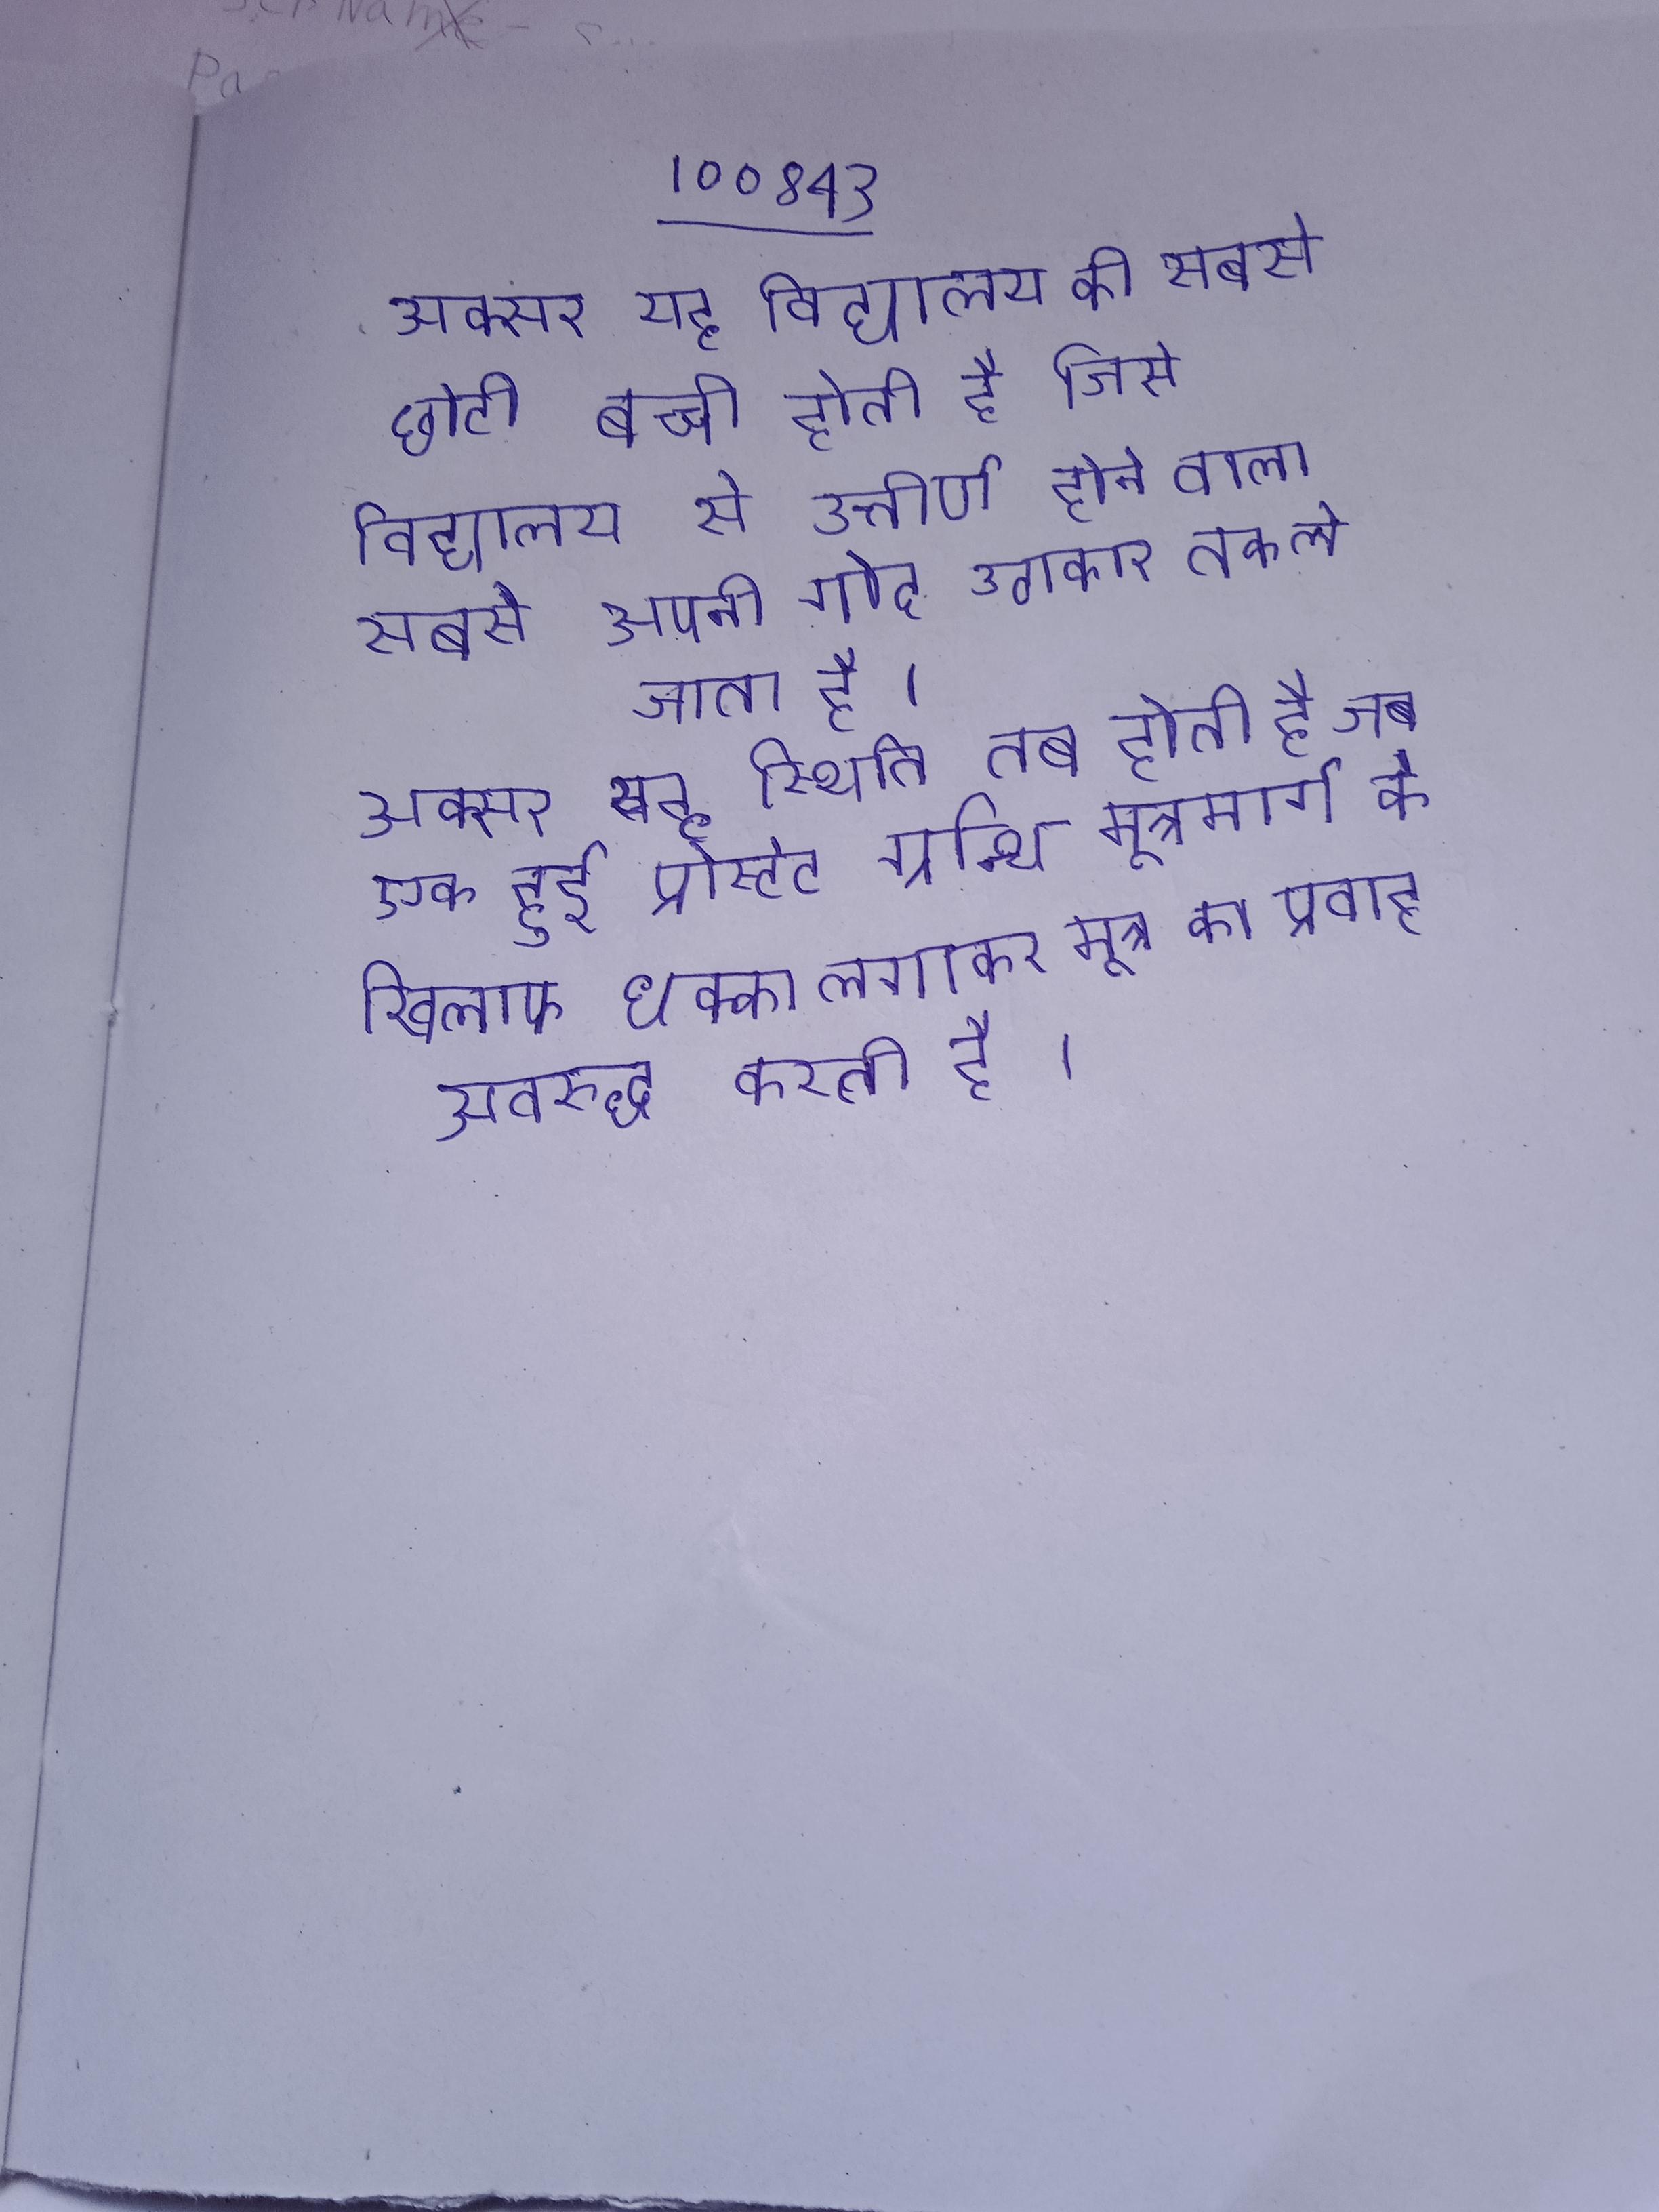
अक्सर यह विद्यालय की सबसे छोटी बच्ची होती है जिसे विद्यालय से उत्तीर्ण होने वाला सबसे अपनी गोद उठाकर तक ले जाता है । अक्सर यह स्थिति तब होती है जब एक हुई प्रोस्टेट ग्रन्थि मूत्रमार्ग के खिलाफ धक्का लगाकर मूत्र का प्रवाह अवरुद्ध करती है ।